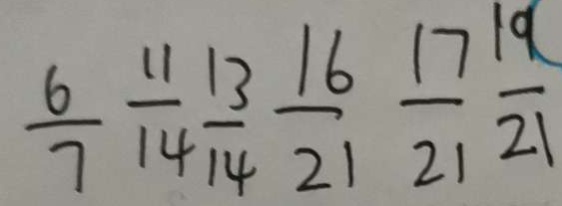
\frac { 6 } { 7 } \frac { 1 1 } { 1 4 } \frac { 1 3 } { 1 4 } \frac { 1 6 } { 2 1 } \frac { 1 7 } { 2 1 } \frac { 1 9 } { 2 1 }